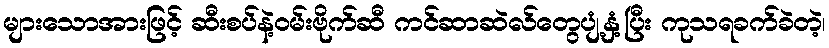
များသောအားဖြင့် ဆီးစပ်နဲ့ဝမ်းဗိုက်ဆီ ကင်ဆာဆဲလ်တွေပျံ့နှံ့ပြီး ကုသရခက်ခဲတဲ့၊